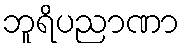
ဘူရိပညာဏာ